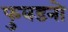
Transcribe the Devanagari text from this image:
फुवडनो